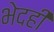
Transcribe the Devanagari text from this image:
भेदही